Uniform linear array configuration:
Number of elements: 4
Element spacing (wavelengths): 0.5
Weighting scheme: hann
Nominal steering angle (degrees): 0
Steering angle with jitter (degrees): -1.563
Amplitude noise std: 0.05
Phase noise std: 0.05

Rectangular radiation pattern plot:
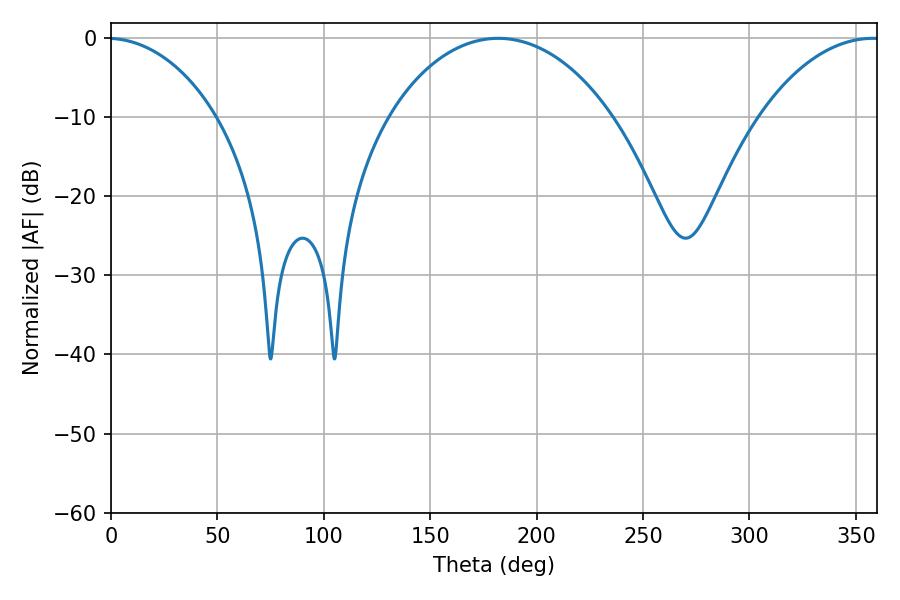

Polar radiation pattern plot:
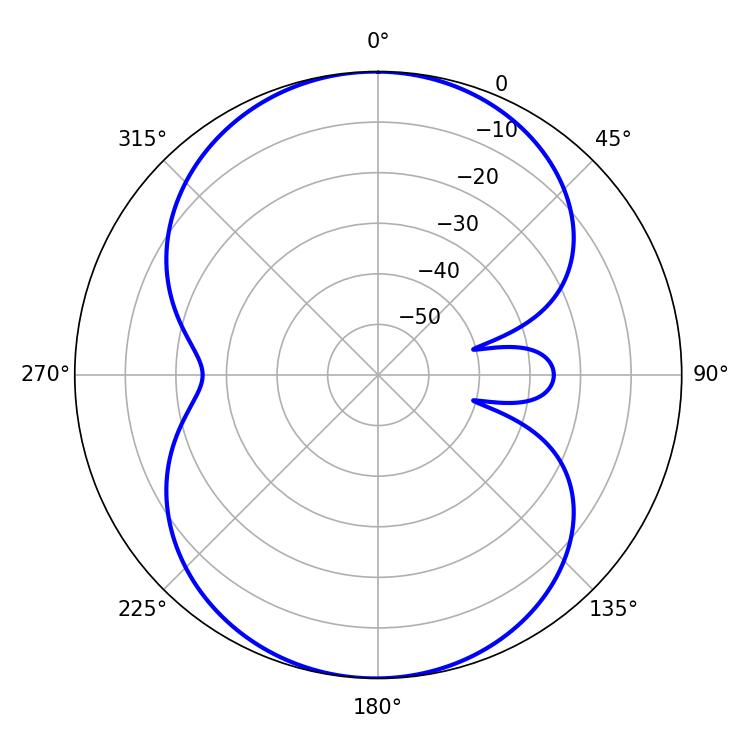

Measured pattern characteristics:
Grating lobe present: FALSE
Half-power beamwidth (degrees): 59.94
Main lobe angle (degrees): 181.98